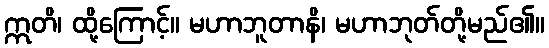
ဣတိ၊ ထို့ကြောင့်။ မဟာဘူတာနိ၊ မဟာဘုတ်တို့မည်၏။